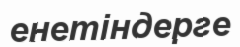
енетіндерге